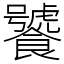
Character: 饕